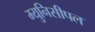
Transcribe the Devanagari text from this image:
म्युनिसीपल